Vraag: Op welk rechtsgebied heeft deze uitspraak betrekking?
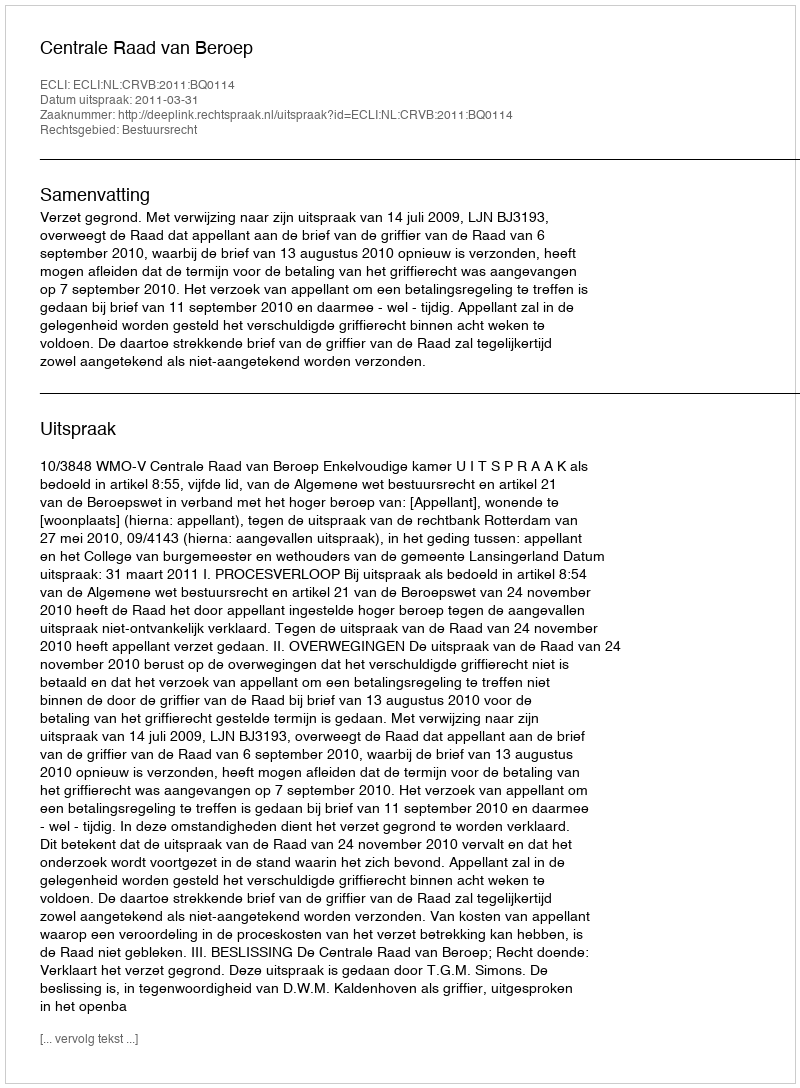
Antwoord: Bestuursrecht